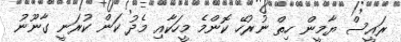
ރައީސް ޔާމީން ހިތް ނުރުހޭ ކޮންމެ މީހަކާއި މެދު ކަން ކުރަނީ ގާނޫނު